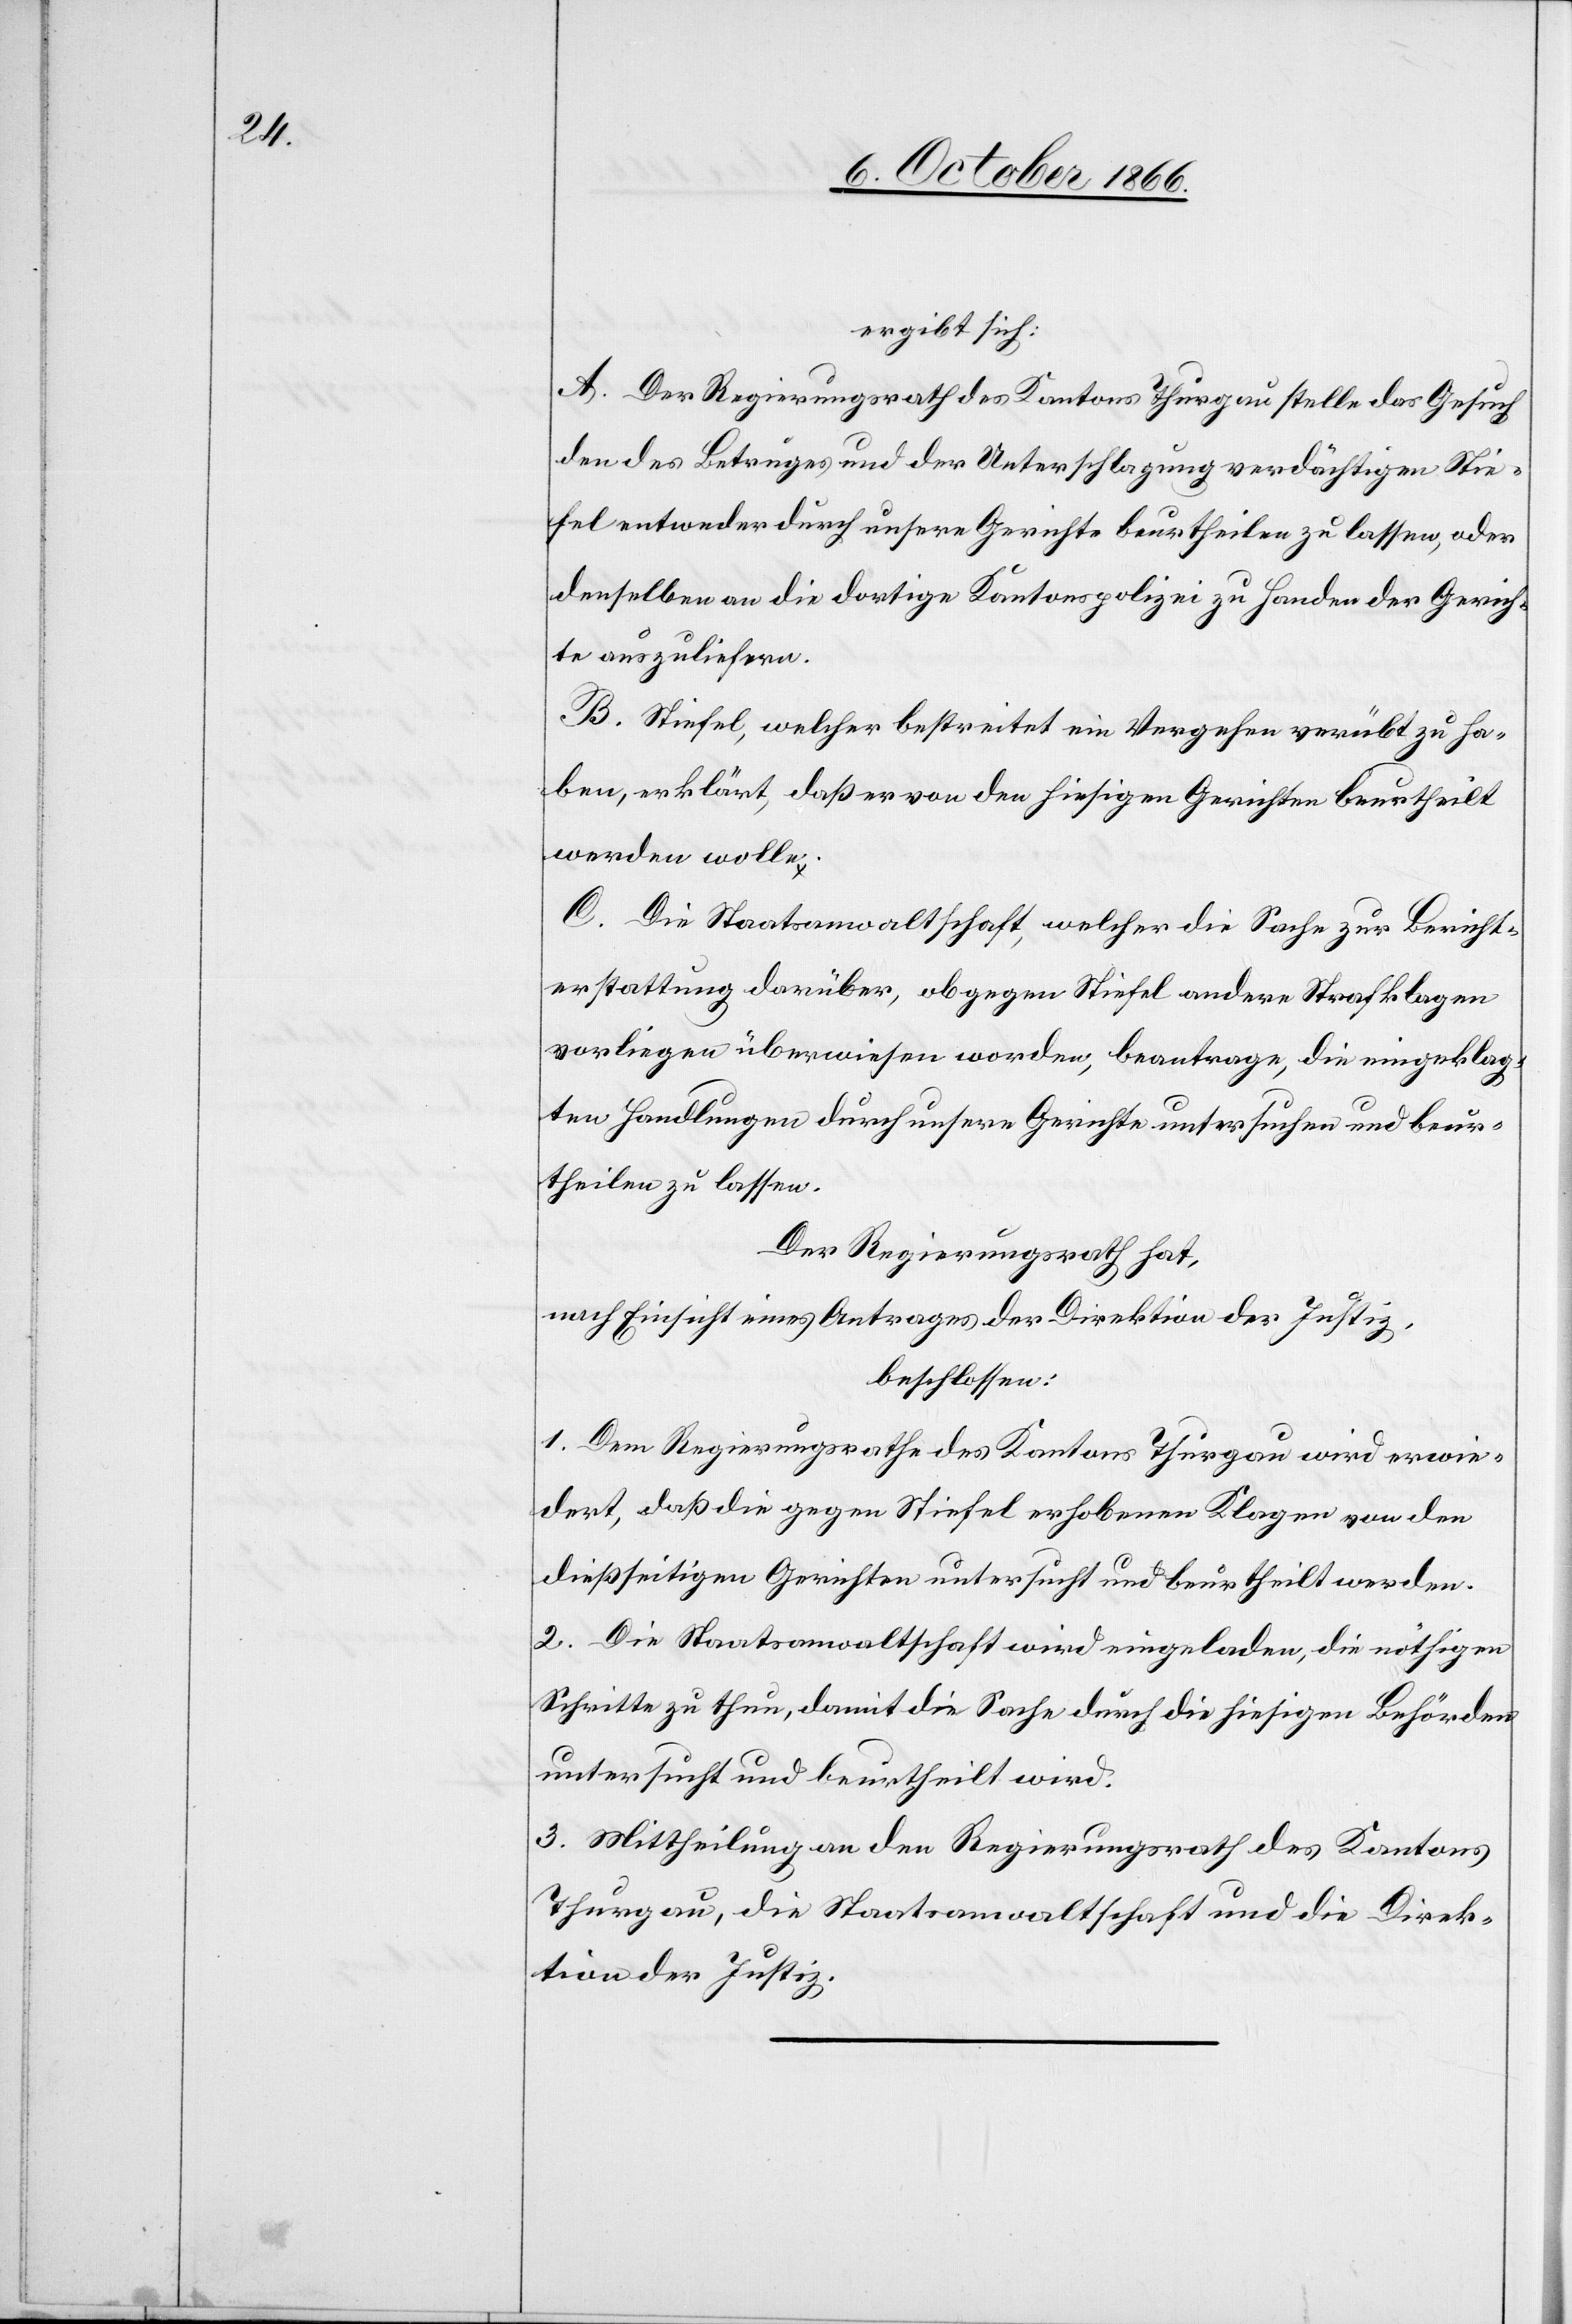
ergibt sich:
A. Der Regierungsrath des Kantons Thurgau stelle das Gesuch
den des Betruges und der Unterschlagung verdächtigen Stie¬
fel entweder durch unsere Gerichte beurtheilen zu lassen, oder
denselben an die dortige Kantonspolizei zu Handen der Gerich¬
te auszuliefern.
B. Stiefel, welcher bestreitet ein Vergehen verübt zu ha¬
ben, erklärt, daß er von den hiesigen Gerichten beurtheilt
werden wolle.
C. Die Staatsanwaltschaft, welcher die Sache zur Bericht¬
erstattung darüber, ob gegen Stiefel andere Strafklagen
vorliegen überwiesen worden, beantrage, die eingeklag¬
ten Handlungen durch unsere Gerichte untersuchen und beur¬
theilen zu lassen.
Der Regierungsrath hat,
nach Einsicht eines Antrages der Direktion der Justiz,
beschlossen:
1. Dem Regierungsrathe des Kantons Thurgau wird erwie¬
dert, daß die gegen Stiefel erhobenen Klagen von den
dießseitigen Gerichten untersucht und beurtheilt werden.
2. Die Staatsanwaltschaft wird eingeladen, die nöthigen
Schritte zu thun, damit die Sache durch die hiesigen Behörden
untersucht und beurtheilt wird.
3. Mittheilung an den Regierungsrath des Kantons
Thurgau, die Staatsanwaltschaft und die Direk¬
tion der Justiz.